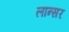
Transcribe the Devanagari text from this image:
लान्सर